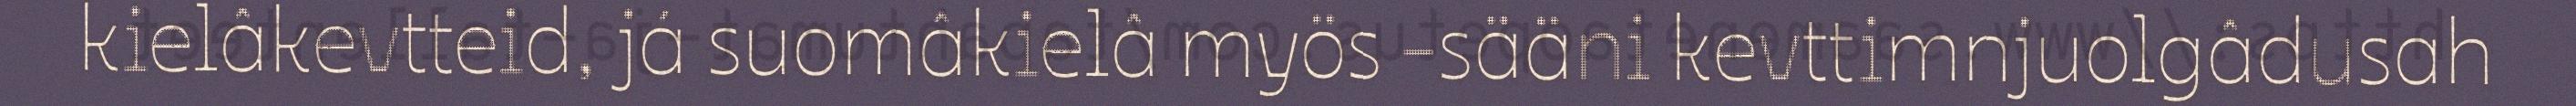
kielâkevtteid, já suomâkielâ myös -sääni kevttimnjuolgâdusah